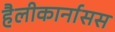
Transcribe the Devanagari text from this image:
हैलीकार्नासस